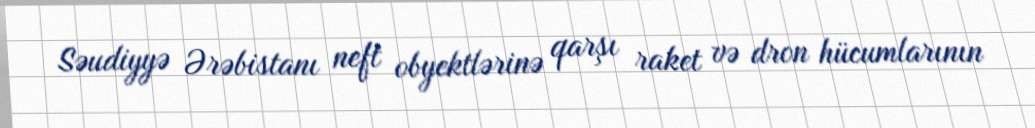
Səudiyyə Ərəbistanı neft obyektlərinə qarşı raket və dron hücumlarının